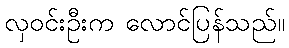
လှဝင်းဦးက လောင်ပြန်သည်။